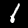
Digit: 1